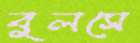
বুলসে